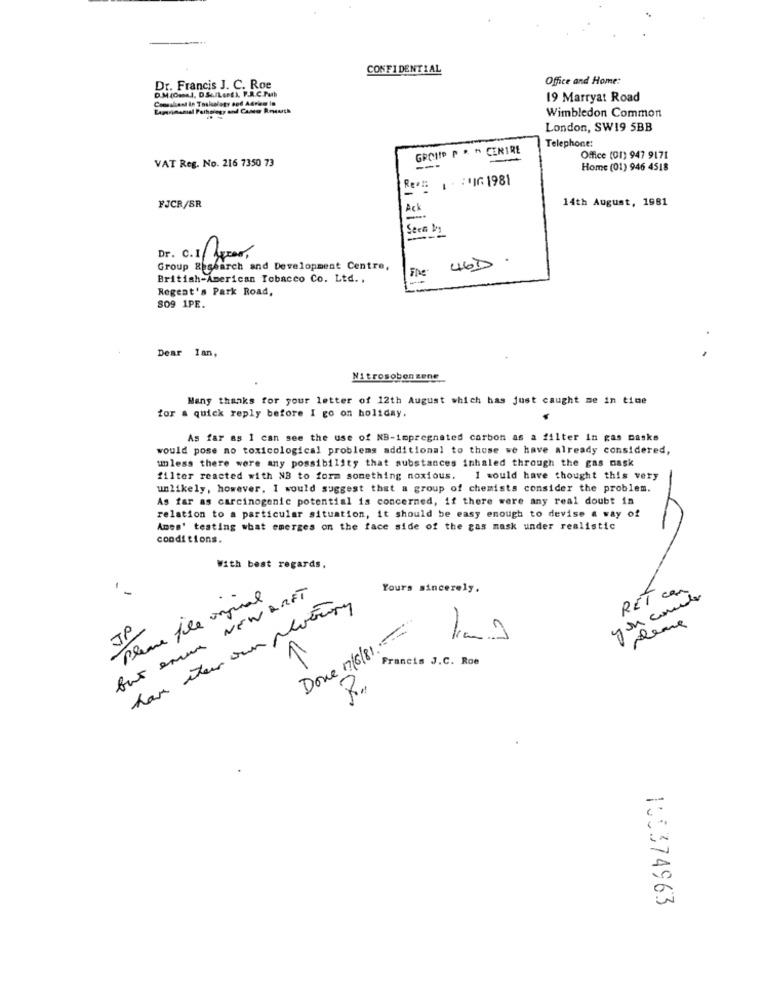
CONFIDENTIAL
Office and Home:
Dr. Francis J. C. Roe
D.M (0mm), DSofLost). P.A.C.Pub
Consalient in Tasksology and Advies In
19 Marryat Road
Wimbledon Common
London, SW19 5BB
GROUP P . " CERIRE
Telephone:
VAT Reg. No. 216 7350 73
Office (01) 947 9171
Home (01) 946 4518
Re# | * :* IG 1981
14th August, 1981
FJCR/SR
Ack
-
Seen by
Dr. 0.1/ 100.
46D
Group Research and Development Centre,
The
British-American Tobacco Co. Ltd. ,
Regent's Park Road,
809 1PE.
Dear Ian,
Nitrosobonzene
Many thanks for your letter of 12th August which has just caught me in time
for a quick reply before I go on holiday.
As far as 1 can see the use of NB-impregnated carbon as a filter in gas casks
would pose no toxicological problems additional to those we have already considered,
unless there were any possibility that substances inhaled through the gas nask
filter reacted with NB to form something noxious. I would have thought this very
unlikely, however, I would suggest that a group of chemists consider the problem.
As far as carcinogenic potential is concerned, if there were any real doubt in
relation to a particular situation, it should be easy enough to devise a way of
Ames' testing what emerges on the face side of the gas mask under realistic
conditions.
With best regards,
.
Yours sincerely,
RET com
but anne NEW DRET
Please file original
have them own planning
you courde
Dove 7/6/81-
JP
1 pleme
11
Francis J.C. Roe
R.
105374963